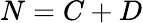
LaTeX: N=C+D